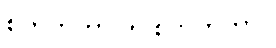
စိတ်တိုတာ ကို စိတ်တိုတာ။